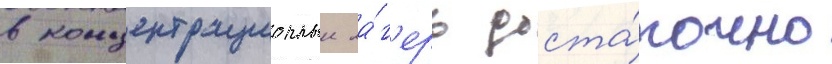
в концентрационныи ла́г'ерь доста́точно